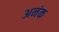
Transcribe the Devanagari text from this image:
अनंक